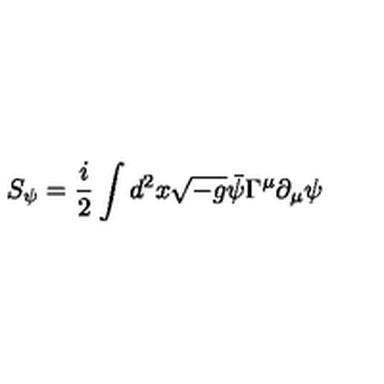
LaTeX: S _ { \psi } = \frac { i } { 2 } \int d ^ { 2 } x \sqrt { - g } \bar { \psi } \Gamma ^ { \mu } \partial _ { \mu } \psi